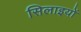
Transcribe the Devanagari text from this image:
सिलाइयों